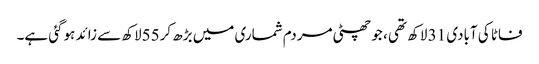
فاٹا کی آبادی 31 لاکھ تھی ، جو چھٹی مردم شماری میں بڑھ کر55لاکھ سے زائد ہوگئی ہے۔